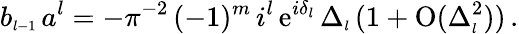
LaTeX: b_{\scriptscriptstyle{l-1}}\, a^{l}=-\pi^{-2}\, (-1)^{m}\, i^{l}\, \mathrm{e}^{i\delta_{\scriptscriptstyle{l}}}\, \Delta_{\scriptscriptstyle{l}}\, (1+\mathrm{{O}}(\Delta_{\scriptscriptstyle{l}}^{2}))\, .